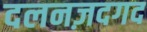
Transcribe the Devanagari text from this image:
दलनज़दगद